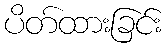
ပိတ်ထားခြင်း